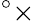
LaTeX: ^\circ\times